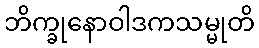
ဘိက္ခုနောဝါဒကသမ္မုတိ